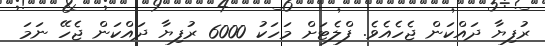
ރުފިޔާ ދައްކަން ޖެހެއެވެ. ފްލެޓަށް މަހަކު 6000 ރުފިޔާ ދައްކަން ޖެހޭ ނަމަ